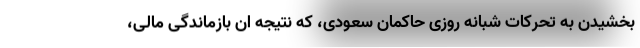
بخشیدن به تحرکات شبانه روزی حاکمان سعودی، که نتیجه ان بازماندگی مالی،